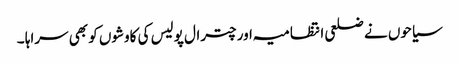
سیاحوں نے ضلعی انتظامیہ اور چترال پولیس کی کاوشوں کو بھی سراہا ۔